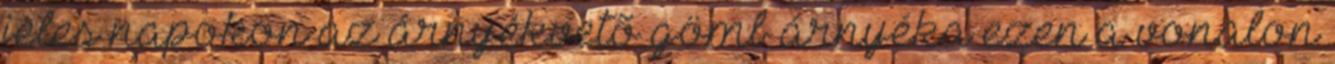
jeles napokon az árnyékvetõ gömb árnyéka ezen a vonalon